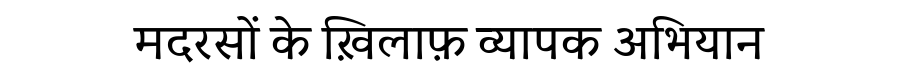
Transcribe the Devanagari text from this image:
मदरसों के ख़िलाफ़ व्यापक अभियान